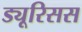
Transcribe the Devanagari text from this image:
ड्यूरिसस